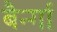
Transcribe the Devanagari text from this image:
बैर्न्गा